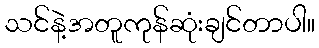
သင်နဲ့အတူကုန်ဆုံးချင်တာပါ။